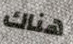
هناك